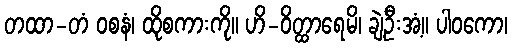
တထာ-တံ ဝစနံ၊ ထိုစကားကို။ ဟိ-ဝိတ္ထာရေမိ၊ ချဲ့ဦးအံ့။ ပါဝကော၊